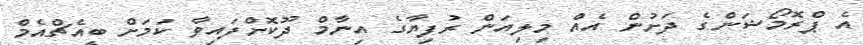
އެ ޕްރޮމޯޝަންގެ ދަށުން އެއް މިލިއަން ރުފިޔާގެ އިނާމް ދޫކޮށްފައިވާ ކަމަށް ބީއެޗްއެމް